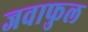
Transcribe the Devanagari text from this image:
जवाफुल